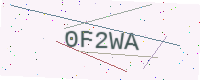
Text: 0F2WA